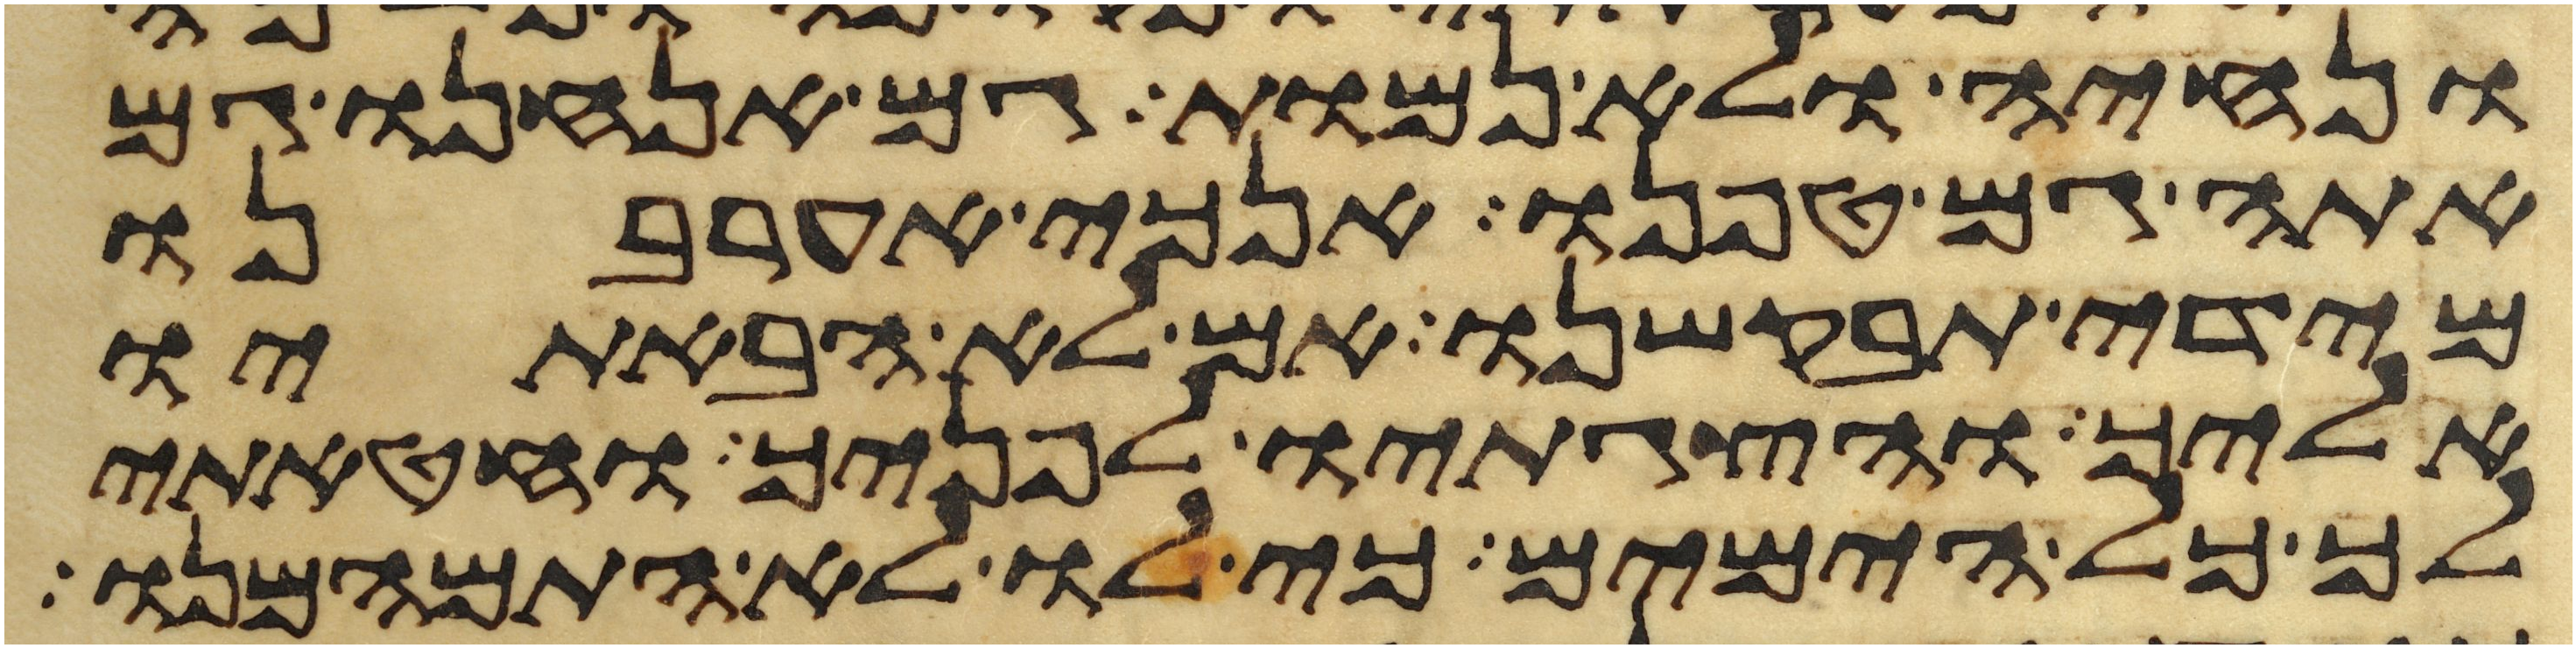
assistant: ונחיה ולא נמות גם אנחנו גם
אתה גם טפנו אנכי אערבנו
מידי תבקשנו אם לא הבאתיו
אליך והצגתיו לפניך וחטאתי
לך כל הימים כי לו לא התמהמנו